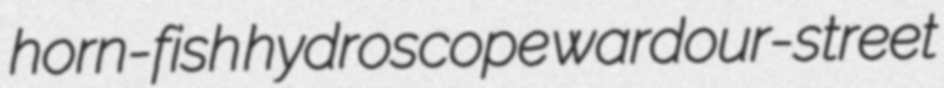
horn-fish hydroscope wardour-street